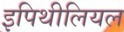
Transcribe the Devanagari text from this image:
इपिथीलियल